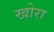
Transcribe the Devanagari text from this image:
खोरा